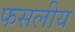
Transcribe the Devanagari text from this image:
फसलीय